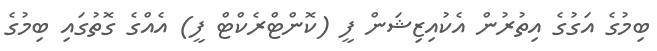
ބިމުގެ އަގުގެ އިތުރުން އެކުއިޒިޝަން ފީ (ކޮންޓްރެކްޓް ފީ) އެއްގެ ގޮތުގައި ބިމުގެ